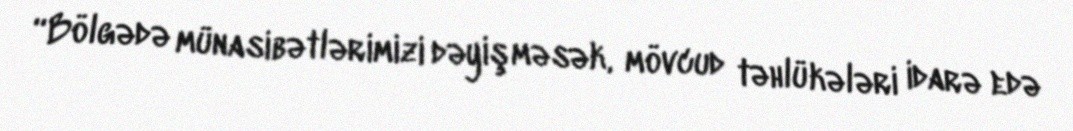
“Bölgədə münasibətlərimizi dəyişməsək, mövcud təhlükələri idarə edə